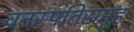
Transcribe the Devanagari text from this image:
वनस्पतिसमूह